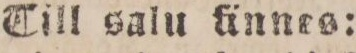
Till salu ännes: